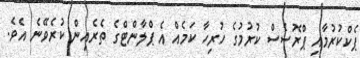
ޕެކްކުރުމާއި ޕްރޮސެސް ކުރުމުގެ ހުރިހާ ކަމެއް އެ ޕްލާންޓްގެ ތެރެއިން ކުރެވޭނެ އެވެ.